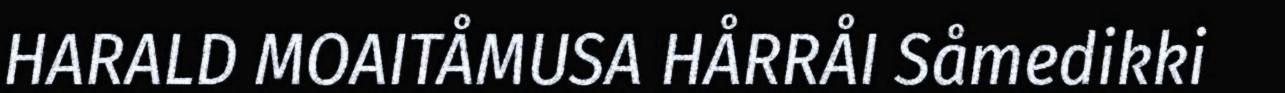
HARALD MOAITÅMUSA HÅRRÅI Såmedikki